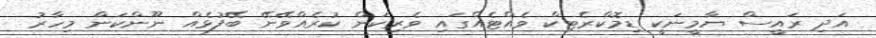
އަދި ރައީސް ޔާމީނަކީ ޑިމޮކްރެޓިކް ވެއްޓެއްގައި ވެރިކަން ކުރެއްވޭނޭ ބޭފުޅެއް ނޫންކަން މިހާރު